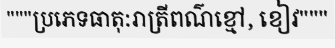
"""ប្រភេទធាតុ:រាត្រីពណ៌ខ្មៅ, ខៀវ"""